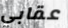
عقابي